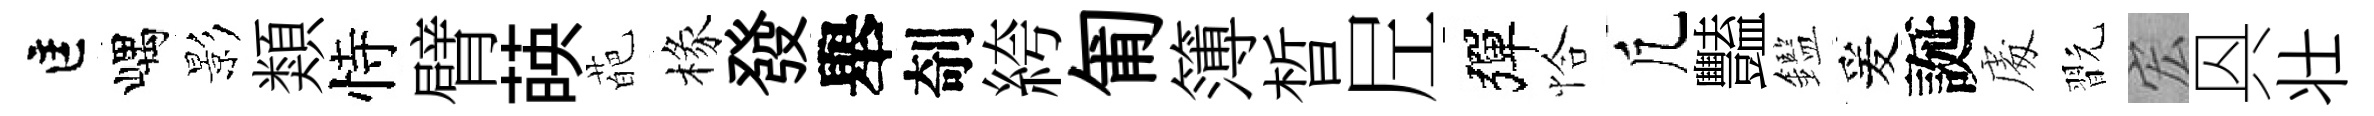
匡嵎影類恃臂𦴤葩椽發舉剞絝匍簿晳𡰱彈恰凢豔鑑爰誕䖏翫宏㒷壮